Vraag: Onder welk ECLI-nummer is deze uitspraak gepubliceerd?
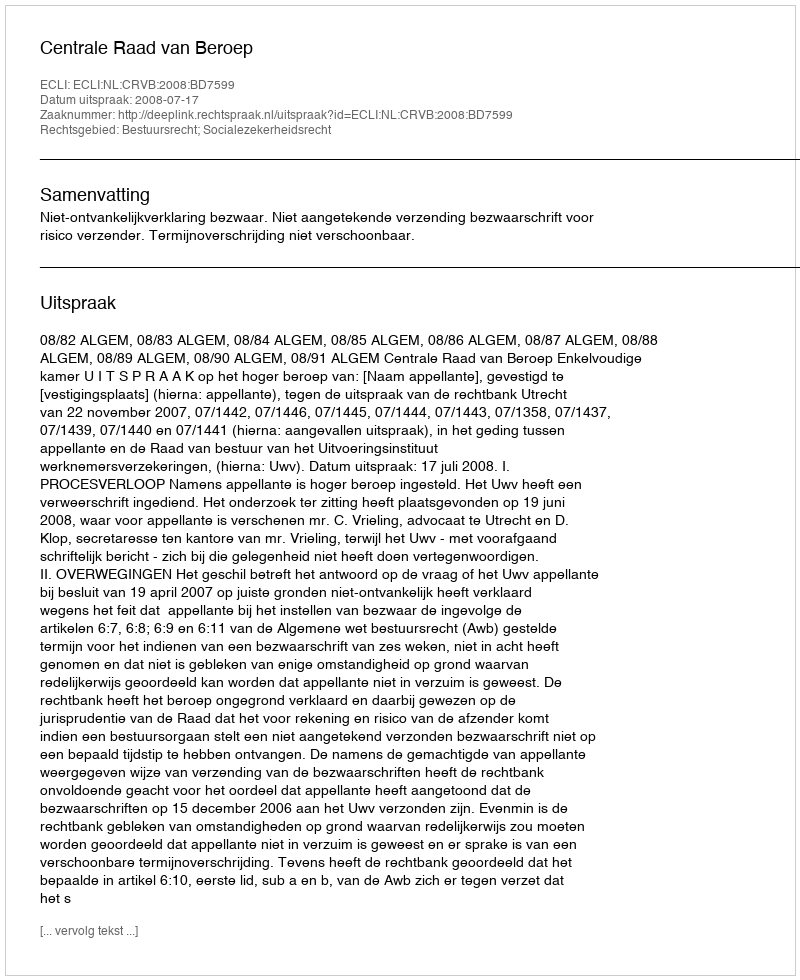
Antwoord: ECLI:NL:CRVB:2008:BD7599